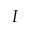
I